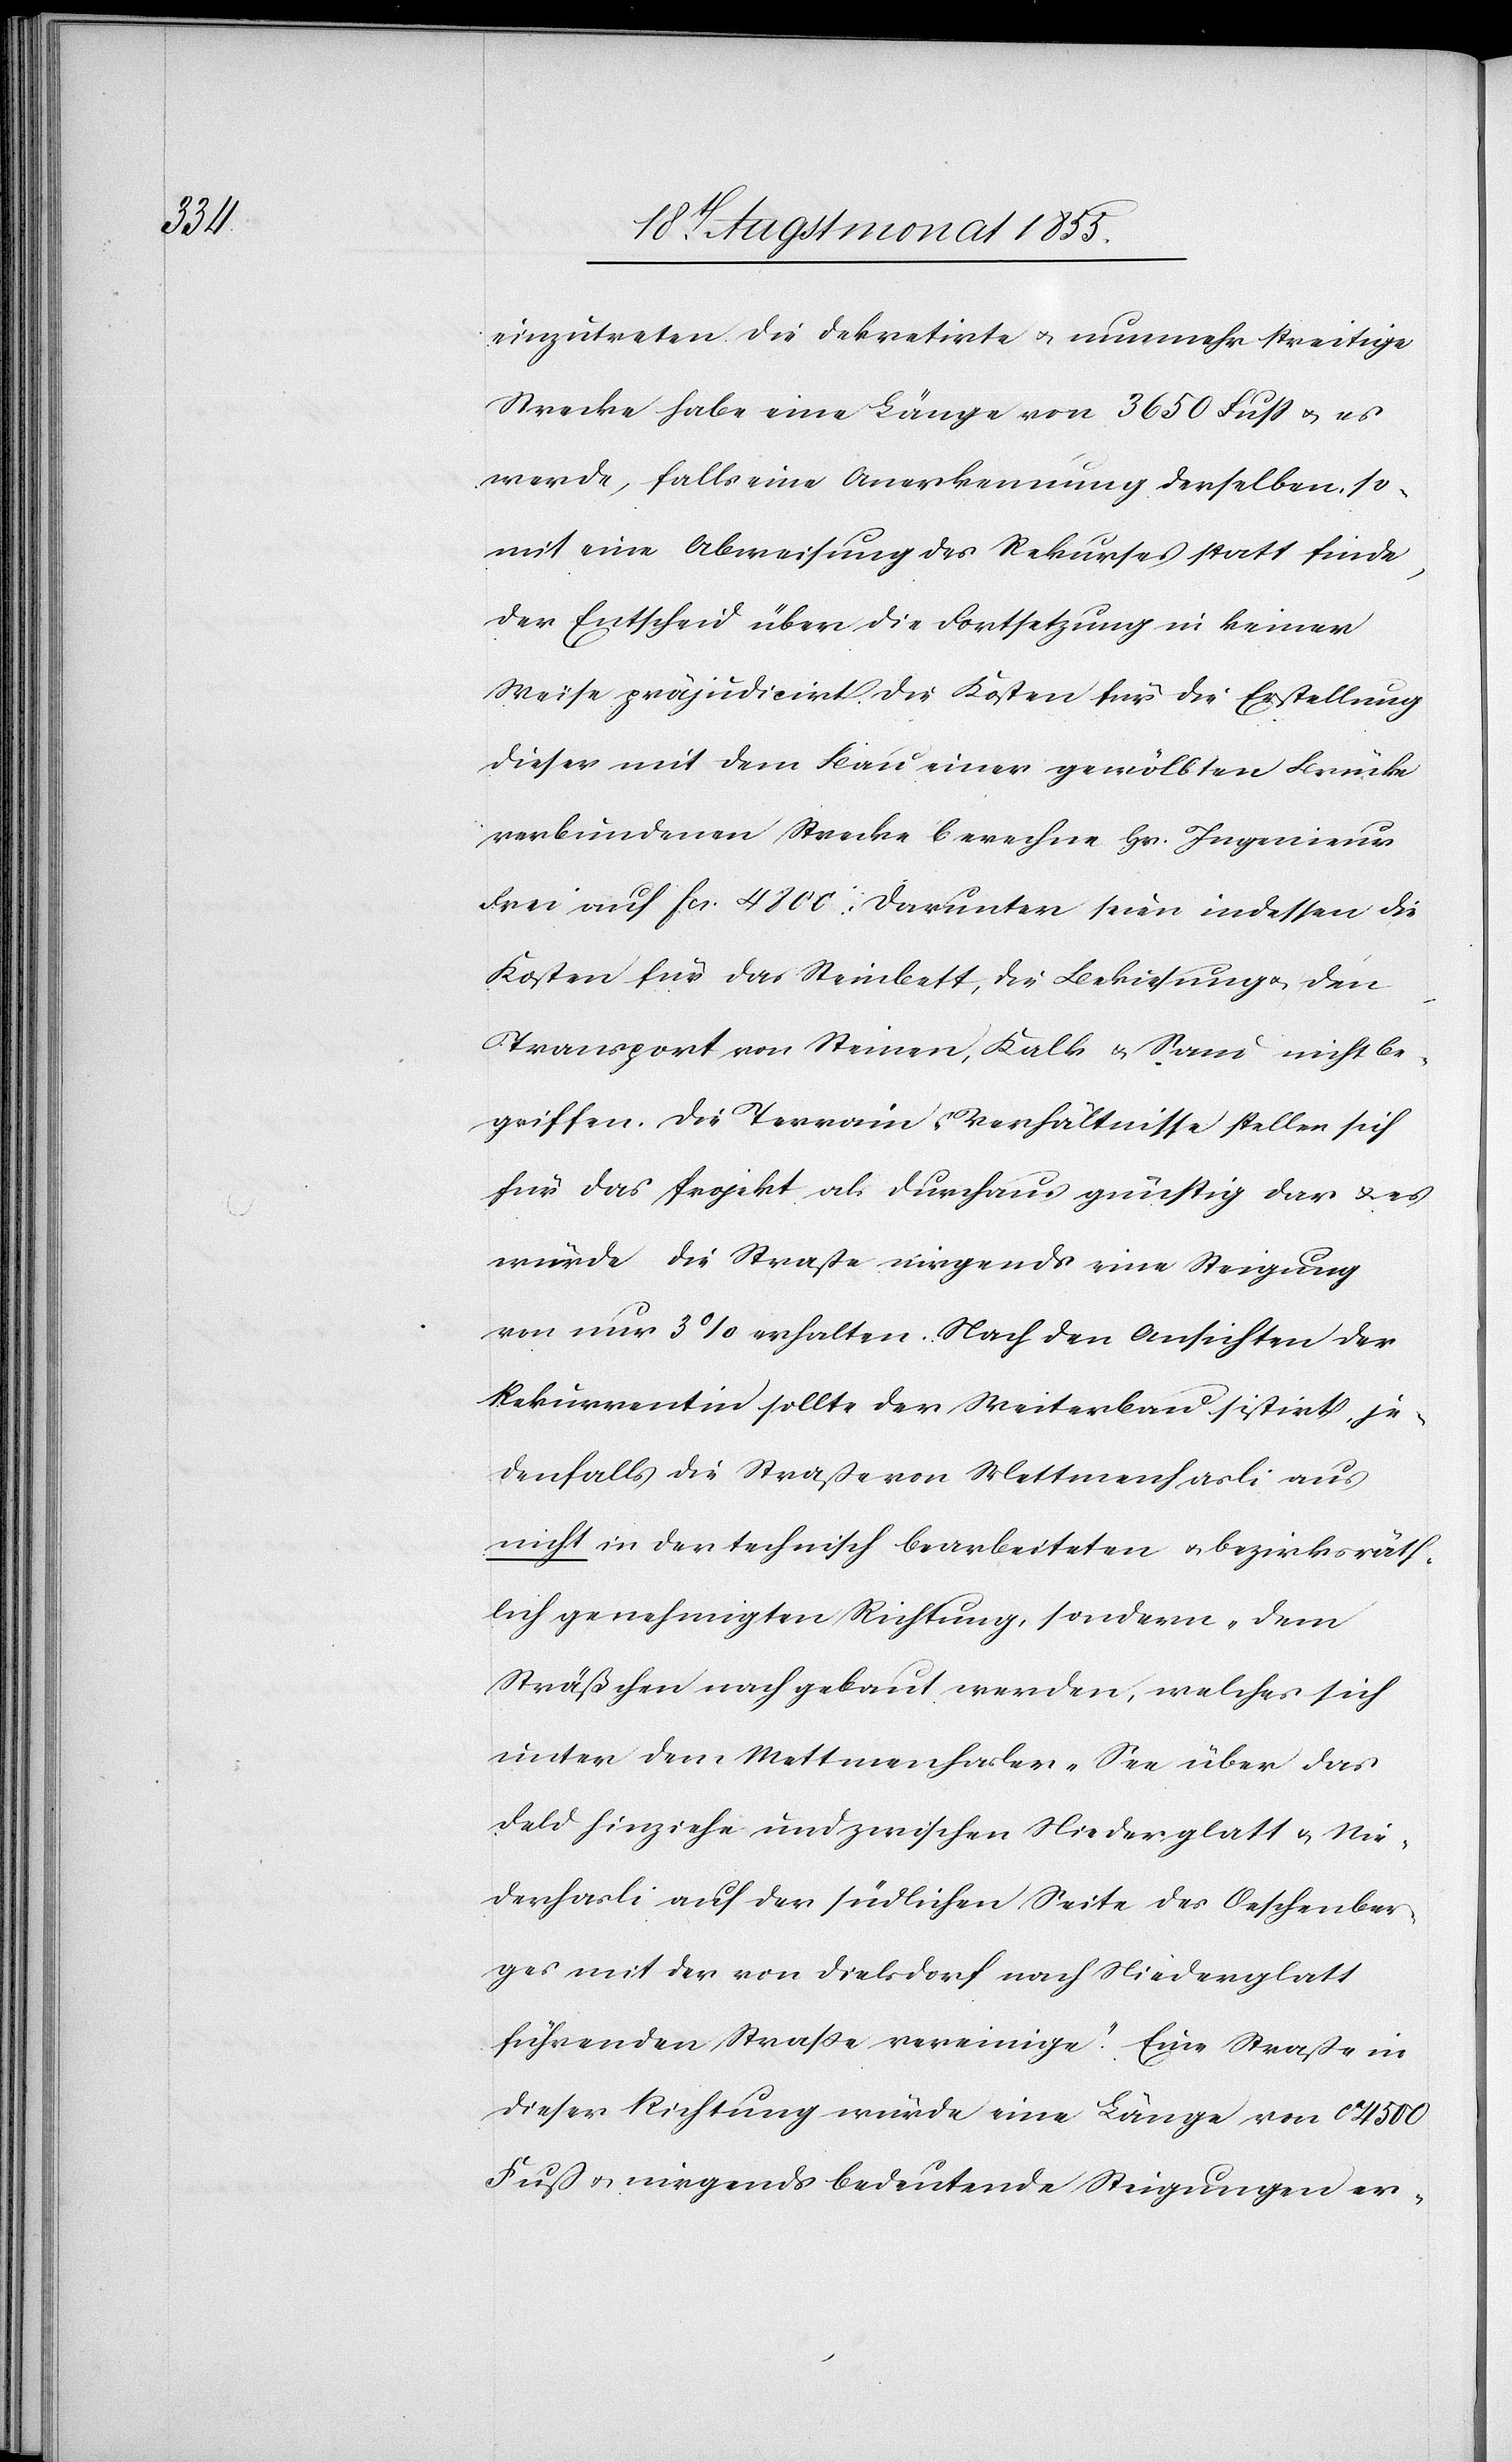
einzutreten. Die dekretirte & nunmehr streitige
Strecke habe eine Länge von 3650 Fuss & es
werde, falls eine Anerkennung derselben, so¬
mit eine Abweisung des Rekurses statt finde,
der Entscheid über die Fortsetzung in keiner
Weise präjudicirt. Die Kosten für die Erstellung
dieser mit dem Bau einer gewölbten Brücke
verbundenen Strecke berechne Hr. Ingenieur
Frei auf Fcs. 4800. Darunter seien indessen die
Kosten für das Steinbett, die Bekiesung & den
Transport von Steinen, Kalk & Sand nicht be¬
griffen. Die Terrain-Verhältnisse stellen sich
für das Projekt als durchaus günstig dar & es
würde die Straße nirgends eine Steigung
von nur 3% erhalten. Nach den Ansichten der
Rekurrentin sollte der Weiterbau sistirt, je¬
denfalls die Straße von Mettmenhasli aus
nicht in der technisch bearbeiteten & bezirksräth¬
lich genehmigten Richtung, sondern „dem
Sträßchen nach gebaut werden, welches sich
unter dem Mettmenhasler-See über das
Feld hinziehe und zwischen Niederglatt & Nie¬
derhasli auf der südlichen Seite des Oeschenber¬
ges mit der von Dielsdorf nach Niederglatt
führenden Straße vereinige.“ Eine Straße in
dieser Richtung würde eine Länge von ca 4500
Fuß & nirgends bedeutende Steigungen er-